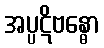
အပ္ပဋိဗန္ဓော